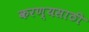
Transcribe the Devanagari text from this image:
करण्यसाठी